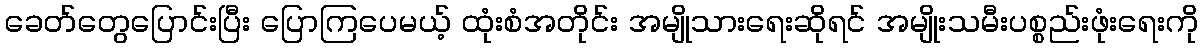
ခေတ်တွေပြောင်းပြီး ပြောကြပေမယ့် ထုံးစံအတိုင်း အမျိုသားရေးဆိုရင် အမျိုးသမီးပစ္စည်းဖုံးရေးကို